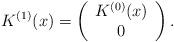
\begin{align*}K^{(1)}(x)=\left(\begin{array}{c}K^{(0)}(x)\\0\end{array}\right).\end{align*}